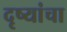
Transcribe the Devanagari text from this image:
दृष्यांचा